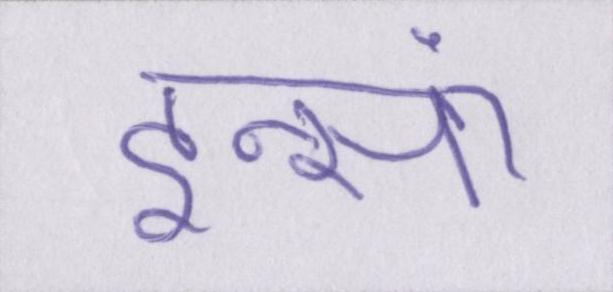
इन्सां